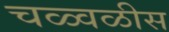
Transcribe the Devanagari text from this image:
चळ्वळीस